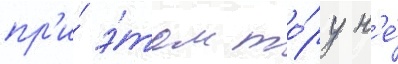
пр'и́ э́том то́ру н'е́